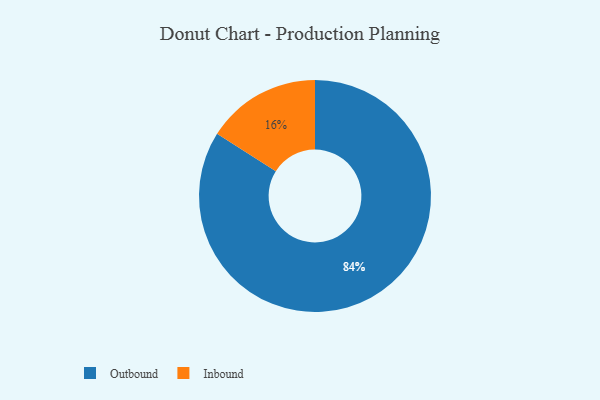
{"axis": {"x": "Category", "y": "Percentage"}, "legend": ["Inbound", "Outbound"], "data": [{"x": "Inbound", "y": 16, "type": "Inbound"}, {"x": "Outbound", "y": 84, "type": "Outbound"}]}